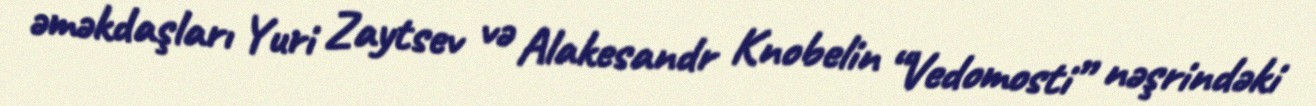
əməkdaşları Yuri Zaytsev və Alakesandr Knobelin “Vedomosti” nəşrindəki